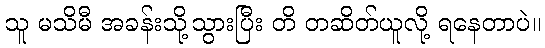
သူ မသိမီ အခန်းသို့သွားပြီး တိ တဆိတ်ယူလို့ ရနေတာပဲ။